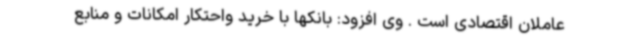
عاملان اقتصادی است . وی افزود: بانکها با خرید واحتکار امکانات و منابع